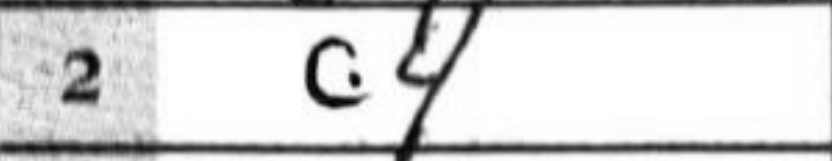
Transcription: c4